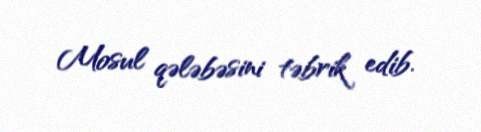
Mosul qələbəsini təbrik edib.